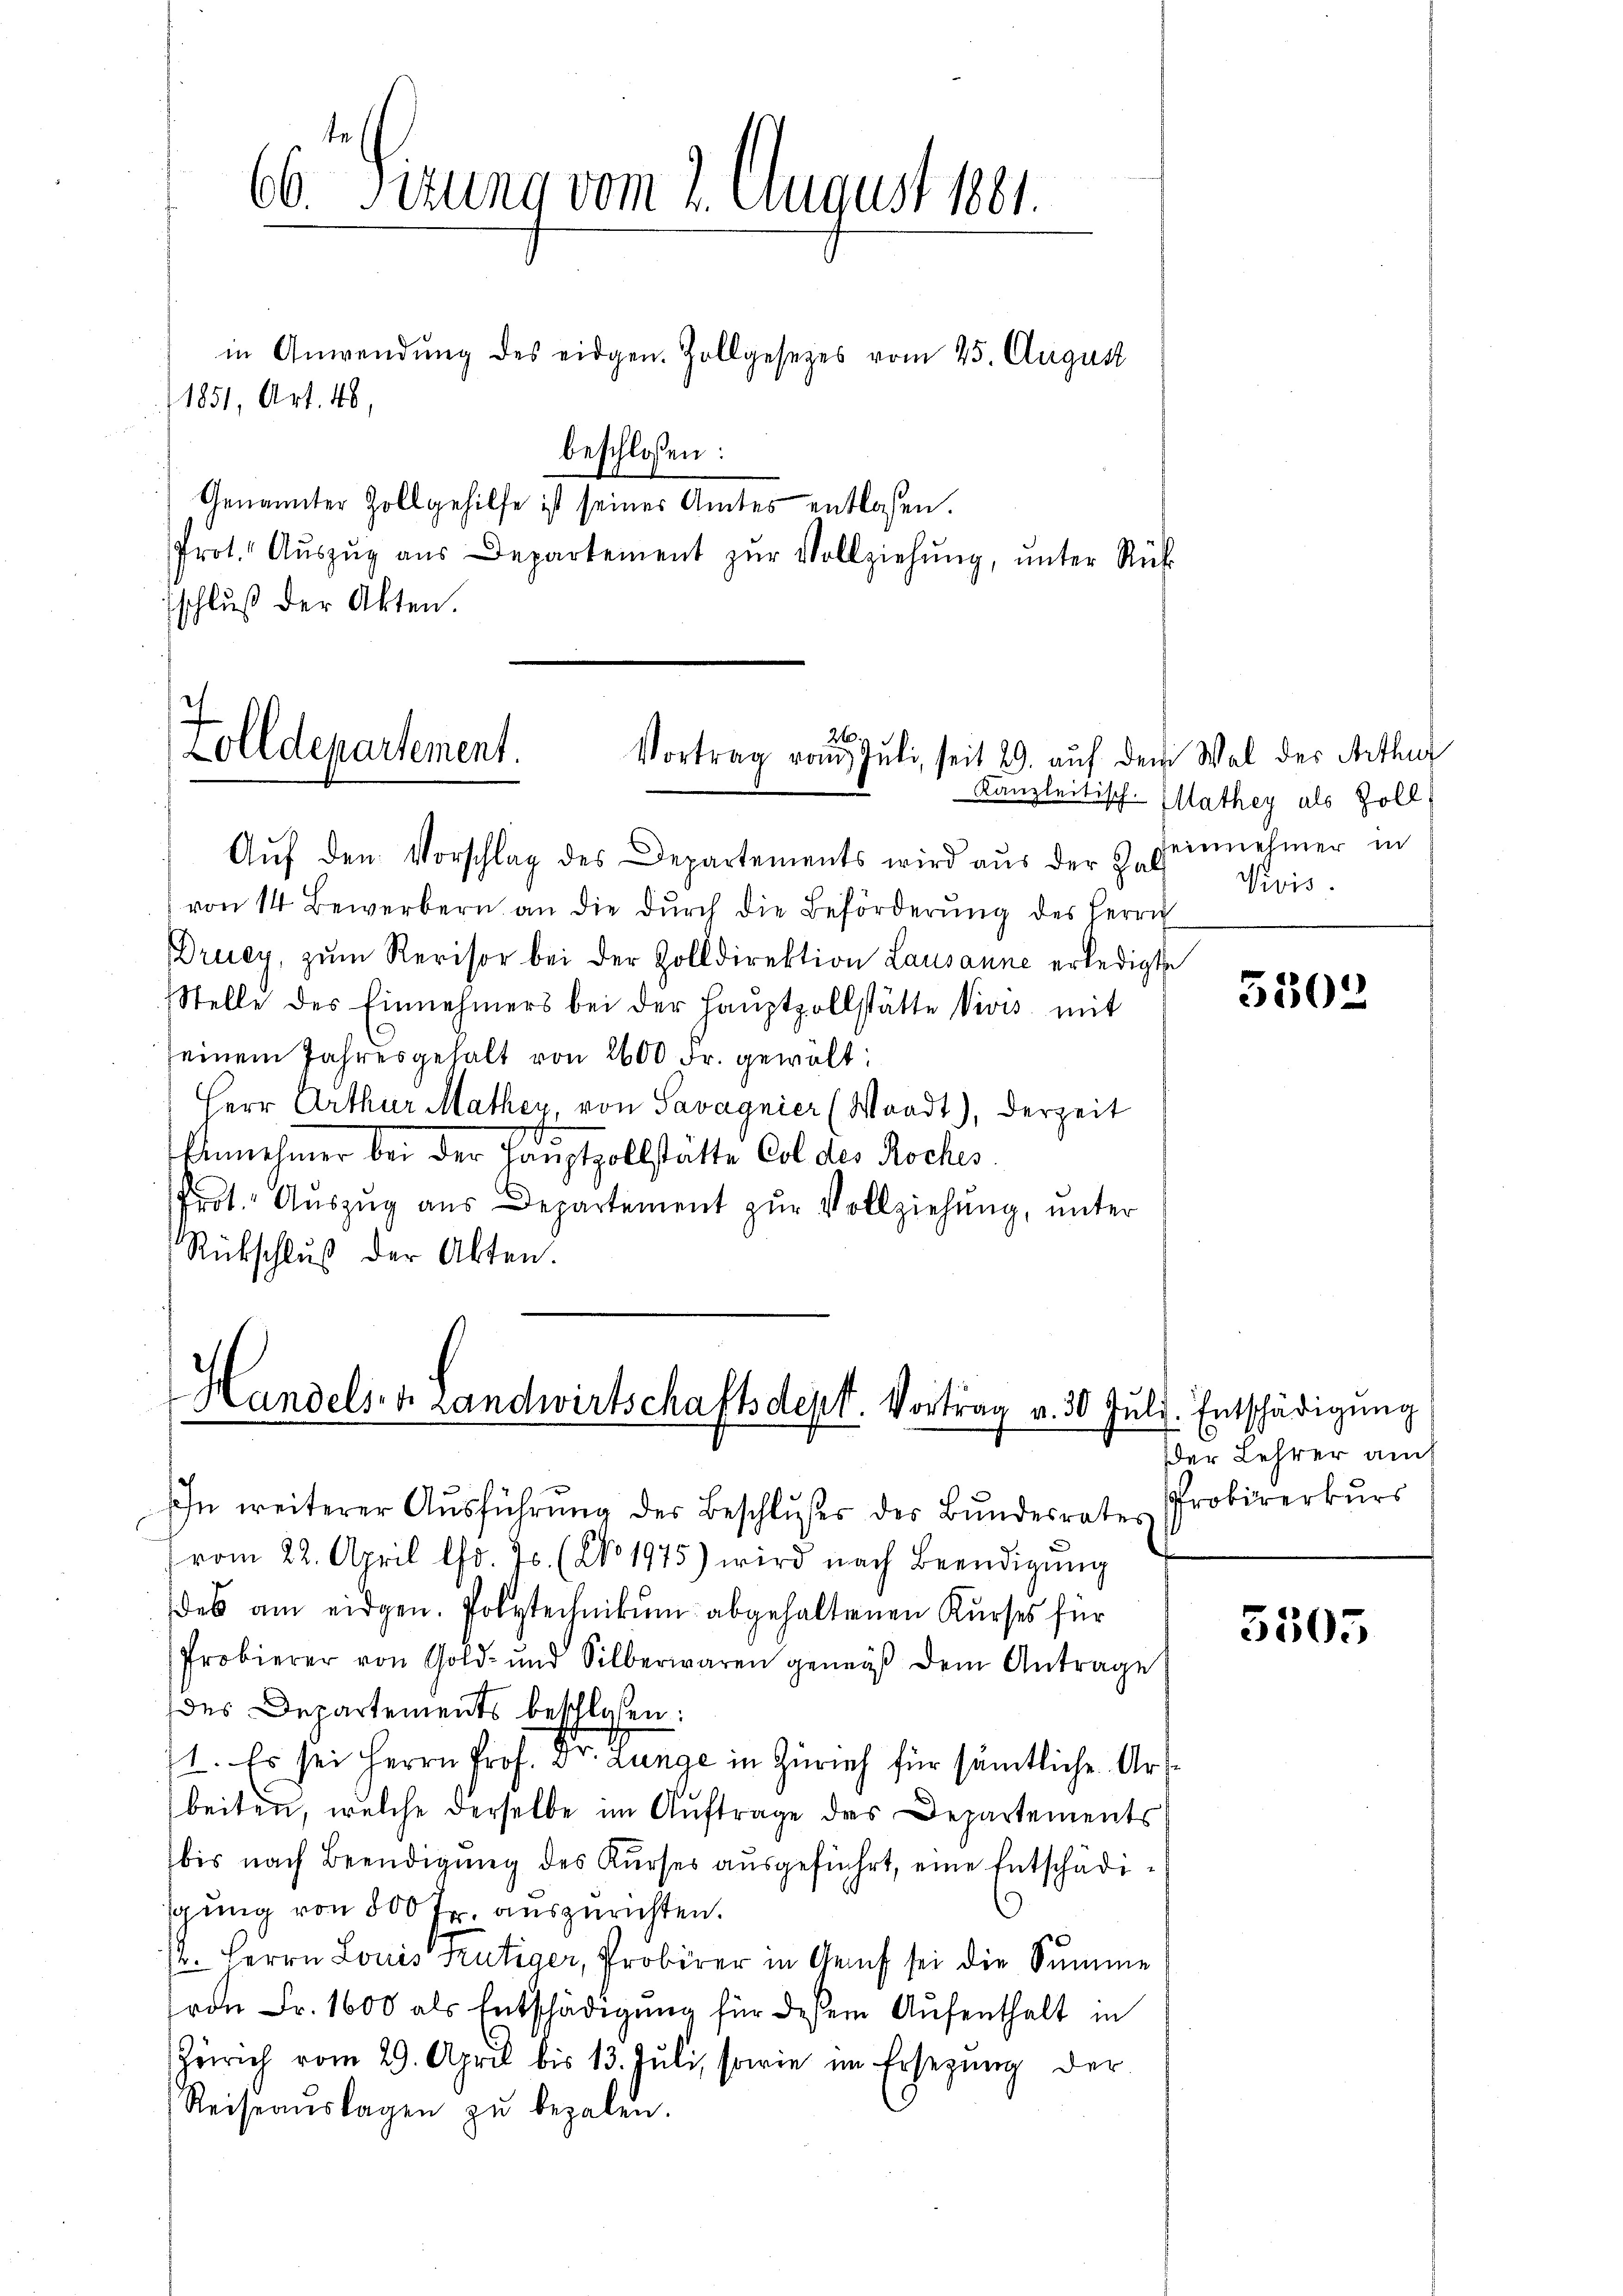
in Anwendŭng des eidgen. Zollgesetzes vom 25. August
1851, Art. 48,
beschlossen:
Genannter Zollgehilfe ist seiner Amtes entlassen.
Prot. Aŭszŭg aŭs Departement zŭr Vollziehŭng ŭnter Rück
schluß der Akten.

66. dirung vom 2. August 1881.

20
Zolldepartement.
Vortrag vom Juli, seit 29. auf dem Wal der Arthur

Aŭf den Vorschlag des Departements wird aŭs der Hall
von 14 Bewerbern an die dŭrch die Beförderŭng des Herrn
Druey, zum Revisor bei der Zolldirektion Lausanne erledigte
Stelle des Einnehmers bei der Haŭptpollstätte Divis mit
seinem Jahresgehalt von 2600 Fr. gewält:
Herr Arthur Mather, von Savagnier (Waadt), derzeit
d
Annehmer bei der Hauptzollstätte Col des Roches
Prot. Auszug aus Departement zur Vollziehung, unter
Rückschluß der Akten.

Handels- & Landwirtschaftsdept. Vortrag v. 30 Juli. Entschädigung

ihn weiterer Aŭsführŭng der Beschlŭses des Bŭndesrates Probirerkŭrs
vom 22. April lfd. Js. (No. 1975) wird nach Beendigŭng
des am eidgen. Polytechnikum abgehaltenen Kurses für
Probierer von Gold- und Silberwaren gemäβ dem Antrage
des Departements beschlossen:
71. Es sei Herrn Prof. Dr. Lunge in Zürich für sämtliche. Urse
beiten, welche derselbe im Auftrage des Departements
bis nach Beendigung des Kurses ausgeführt, eine Entschädigung von 800 Fr. auszurichten.
12. Herrn Louis Frutiger, Probirer in Genf sei die Summe
(von Fr. 1600 als Entschädigung für diesem Aufenthalt in
Zürich vom 29. April bis 13. Juli, sowie im Ersezung der
Reiseaŭslagen zŭ bezalen.

Kanzleitisch-Mathey als Zoll
seinnehmer in
Vivis.

5503

er Lehrer am

5505